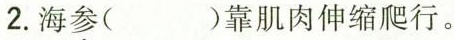
2.海\underset{·}{参}( )靠肌肉伸缩爬行。